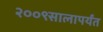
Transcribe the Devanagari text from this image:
२००९सालापर्यंत